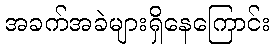
အခက်အခဲများရှိနေကြောင်း